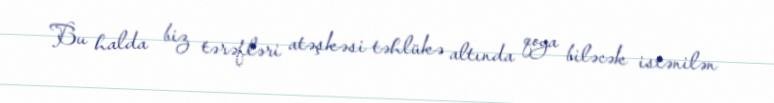
Bu halda biz tərəfləri atəşkəsi təhlükə altında qoya biləcək istənilən